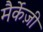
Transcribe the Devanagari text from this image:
मैर्केज़ी